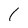
Character: 1